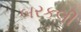
બરકલી